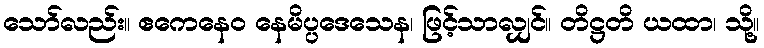
သော်လည်း။ ဧကေနေဝ နေမိပ္ပဒေသေန၊ ဖြင့်သာလျှင်။ တိဋ္ဌတိ ယထာ၊ သို့။